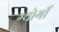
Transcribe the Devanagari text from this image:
ग्योर्गी